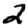
Digit: 2